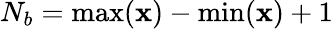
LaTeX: N_{b}=\operatorname*{max}(\mathbf x)-\operatorname*{min}(\mathbf x)+1